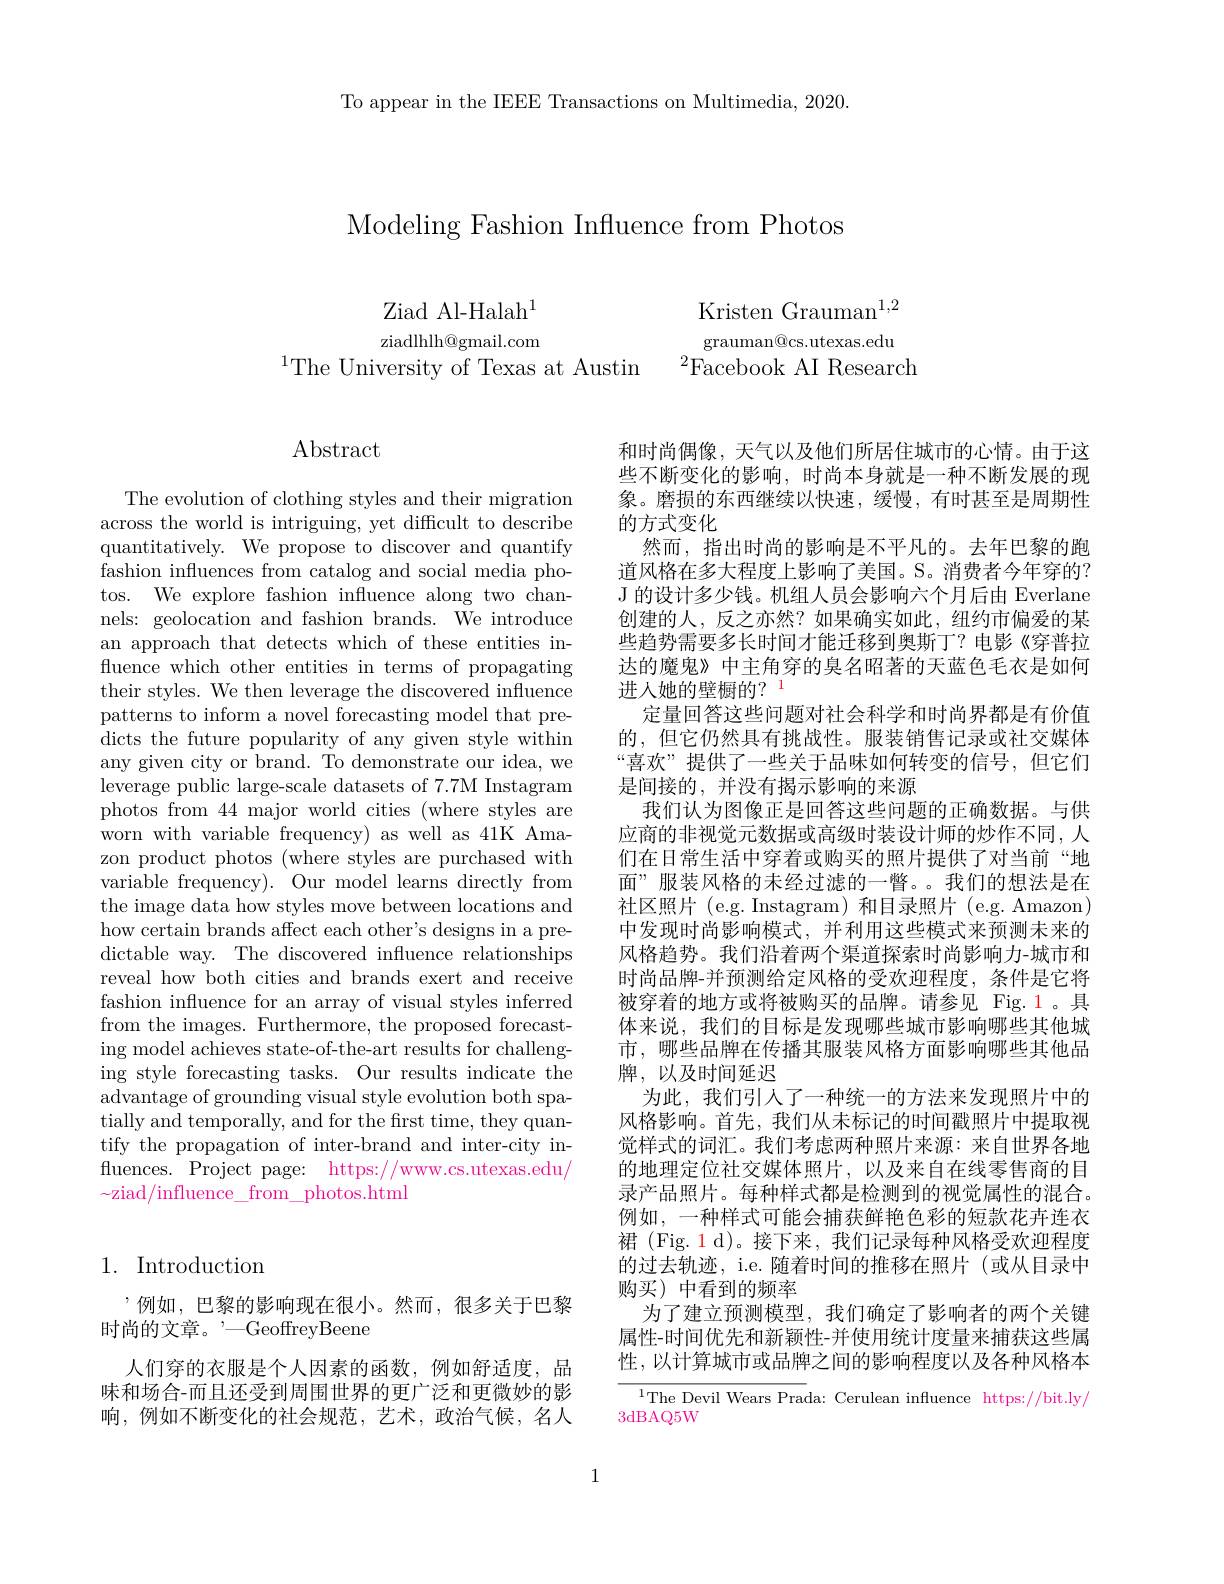
To appear in the IEEE Transactions on Multimedia, 2020.

Modeling Fashion Influence from Photos

Ziad Al-Halah$^1$

Kristen Grauman$^{1,2}$
ziadlhlh@gmail.com
grauman@cs.utexas.edu
$^{1}$The University of Texas at Austin
$^{2}$Facebook AI Research

$\operatorname{Abstract}$

The evolution of clothing styles and their migration across the world is intriguing, yet difficult to describe quantitatively. We propose to discover and quantify fashion influences from catalog and social media photos. We explore fashion influence along two channels: geolocation and fashion brands. We introduce an approach that detects which of these entities influence which other entities in terms of propagating their styles. We then leverage the discovered influence patterns to inform a novel forecasting model that predicts the future popularity of any given style within any given city or brand. To demonstrate our idea, we leverage public large-scale datasets of 7.7M Instagram photos from 44 major world cities (where styles are worn with variable frequency) as well as 41K Amazon product photos (where styles are purchased with variable frequency). Our model learns directly from the image data how styles move between locations and how certain brands affect each other's designs in a predictable way. The discovered influence relationships reveal how both cities and brands exert and receive fashion influence for an array of visual styles inferred from the images. Furthermore, the proposed forecasting model achieves state-of-the-art results for challenging style forecasting tasks. Our results indicate the advantage of grounding visual style evolution both spatially and temporally, and for the frst time, they quantify the propagation of inter-brand and inter-city influences. Project page: https://www.cs.utexas.edu/ ziad/ influence$\_$from$\_$photos. html

## 1. Introduction

,例如，巴黎的影响现在很小。然而，很多关于巴黎
时尚的文章。'—GeoffreyBeene
人们穿的衣服是个人因素的函数，例如舒适度，品味和场合-而且还受到周围世界的更广泛和更微妙的影响，例如不断变化的社会规范，艺术，政治气候，名人

和时尚偶像，天气以及他们所居住城市的心情。由于这些不断变化的影响，时尚本身就是一种不断发展的现象。磨损的东西继续以快速，缓慢，有时甚至是周期性的方式变化
然而，指出时尚的影响是不平凡的。去年巴黎的跑道风格在多大程度上影响了美国。S。消费者今年穿的？ J 的设计多少钱。机组人员会影响六个月后由 Everlane 创建的人，反之亦然？如果确实如此，纽约市偏爱的某些趋势需要多长时间才能迁移到奥斯丁？电影《穿普拉达的魔鬼》中主角穿的臭名昭著的天蓝色毛衣是如何进入她的壁橱的？1
定量回答这些问题对社会科学和时尚界都是有价值的，但它仍然具有挑战性。服装销售记录或社交媒体“喜欢”提供了一些关于品味如何转变的信号，但它们是间接的，并没有揭示影响的来源
我们认为图像正是回答这些问题的正确数据。与供应商的非视觉元数据或高级时装设计师的炒作不同，人们在日常生活中穿着或购买的照片提供了对当前“地面”服装风格的未经过滤的一瞥。。我们的想法是在社区照片 (e.g.Instagram) 和目录照片 (e.g.Amazon) 中发现时尚影响模式，并利用这些模式来预测未来的风格趋势。我们沿着两个渠道探索时尚影响力-城市和时尚品牌-并预测给定风格的受欢迎程度，条件是它将被穿着的地方或将被购买的品牌。请参见 Fig.1。具体来说，我们的目标是发现哪些城市影响哪些其他城市，哪些品牌在传播其服装风格方面影响哪些其他品牌，以及时间延迟
为此，我们引人了一种统一的方法来发现照片中的风格影响。首先，我们从未标记的时间戳照片中提取视觉样式的词汇。我们考虑两种照片来源：来自世界各地的地理定位社交媒体照片，以及来自在线零售商的目录产品照片。每种样式都是检测到的视觉属性的混合。例如，一种样式可能会捕获鲜艳色彩的短款花卉连衣裙 (Fig. 1 d)。接下来，我们记录每种风格受欢迎程度的过去轨迹，i.e. 随着时间的推移在照片(或从目录中购买) 中看到的频率
为了建立预测模型，我们确定了影响者的两个关键属性-时间优先和新颖性-并使用统计度量来捕获这些属性，以计算城市或品牌之间的影响程度以及各种风格本${^{1}\text{The Devil Wears Pra}}$da: Cerulean influence https://bit.ly/

3dBAQ5W

1